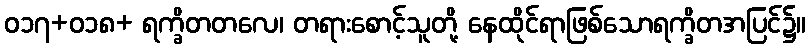
ဝ၁၇+ဝ၁၈+ ရက္ခိတတလေ၊ တရားစောင့်သူတို့ နေထိုင်ရာဖြစ်သောရက္ခိတအပြင်၌။